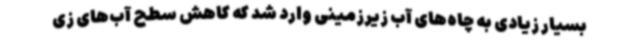
بسیار زیادی به چاه‌های آب زیرزمینی وارد شد که کاهش سطح‌ آب‌های زی